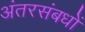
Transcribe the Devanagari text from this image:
अंतरसंबधों